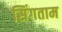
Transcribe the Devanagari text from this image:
सिंगताम